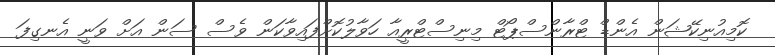
ކޮމިއުނިކޭޝަން އެންޑް ޓްރާންސްޕޯޓް މިނިސްޓްރީއާ ހަވާލުކޮށްފައިވާކަން ވެސް ސަން އަށް ވަނީ އެނގިފަ